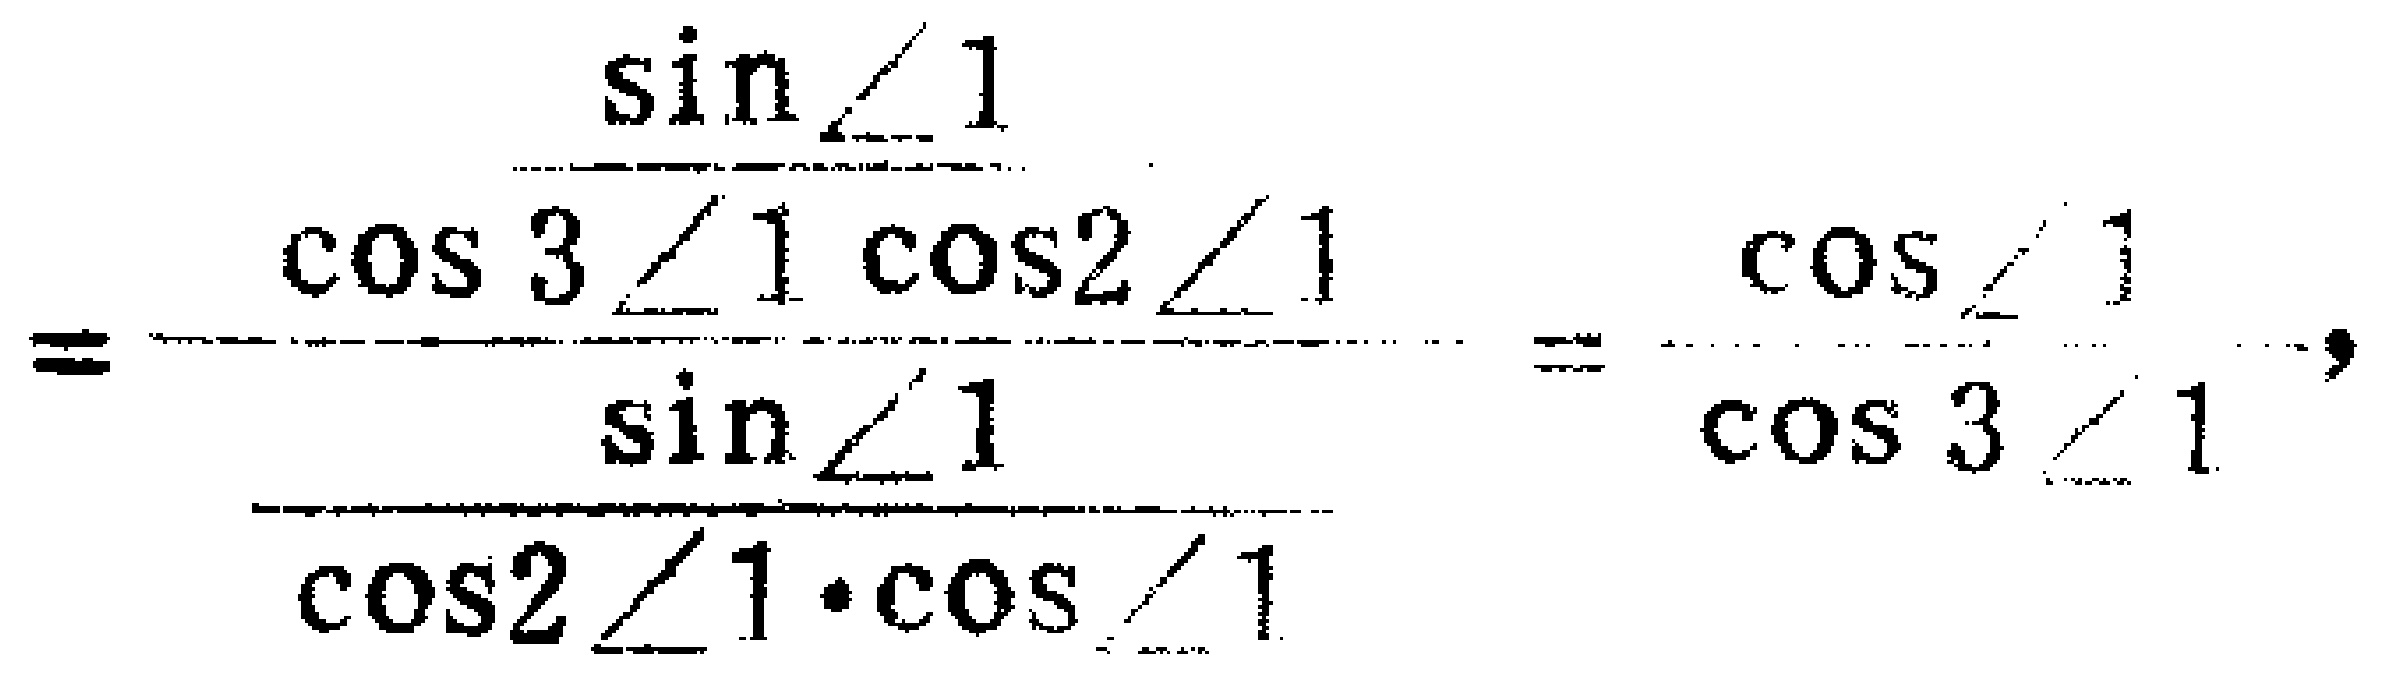
\[
=\frac{\frac{\sin\angle1}{\cos3\angle1\cos2\angle1}}{\frac{\sin\angle1}{\cos2\angle1\cdot\cos\angle1}}=\frac{\cos\angle1}{\cos3\angle1},
\]